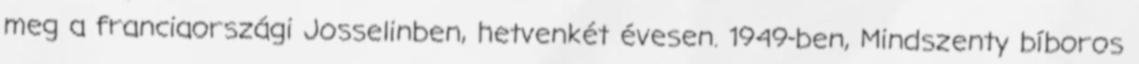
meg a franciaországi Josselinben, hetvenkét évesen. 1949-ben, Mindszenty bíboros